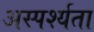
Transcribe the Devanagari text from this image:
अस्पर्श्यता